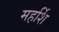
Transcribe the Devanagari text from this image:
महर्शि